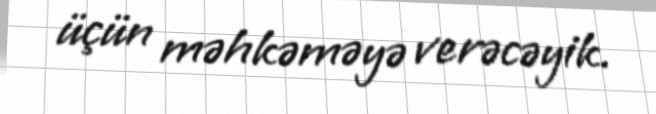
üçün məhkəməyə verəcəyik.